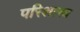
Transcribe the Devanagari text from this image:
परिशास्त्र